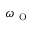
\omega _ { \mathrm { ~ O ~ } }